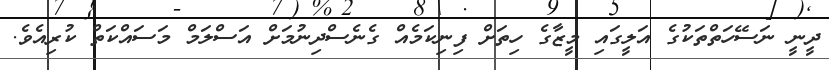
ދީނީ ނަސޭހަތްތަކުގެ އަލީގައި މީޒާގެ ހިތަށް ފިނިކަމެއް ގެނެސްދިނުމަށް އަސްލަމް މަސައްކަތް ކުރިއެވެ.